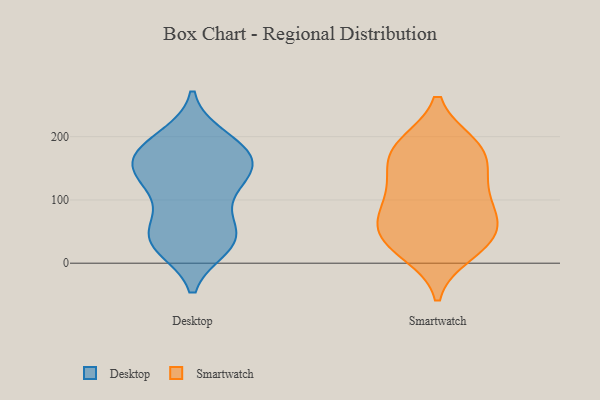
{"axis": {"x": "Inventory Turnover", "y": "Value"}, "legend": ["Desktop", "Smartwatch"], "data": [{"x": "", "y": 46, "type": "Desktop"}, {"x": "", "y": 172, "type": "Desktop"}, {"x": "", "y": 27, "type": "Desktop"}, {"x": "", "y": 57, "type": "Desktop"}, {"x": "", "y": 45, "type": "Desktop"}, {"x": "", "y": 126, "type": "Desktop"}, {"x": "", "y": 194, "type": "Desktop"}, {"x": "", "y": 151, "type": "Desktop"}, {"x": "", "y": 140, "type": "Desktop"}, {"x": "", "y": 187, "type": "Desktop"}, {"x": "", "y": 27, "type": "Desktop"}, {"x": "", "y": 45, "type": "Desktop"}, {"x": "", "y": 26, "type": "Desktop"}, {"x": "", "y": 113, "type": "Desktop"}, {"x": "", "y": 169, "type": "Desktop"}, {"x": "", "y": 165, "type": "Desktop"}, {"x": "", "y": 199, "type": "Desktop"}, {"x": "", "y": 146, "type": "Desktop"}, {"x": "", "y": 154, "type": "Desktop"}, {"x": "", "y": 98, "type": "Desktop"}, {"x": "", "y": 188, "type": "Smartwatch"}, {"x": "", "y": 48, "type": "Smartwatch"}, {"x": "", "y": 46, "type": "Smartwatch"}, {"x": "", "y": 22, "type": "Smartwatch"}, {"x": "", "y": 185, "type": "Smartwatch"}, {"x": "", "y": 70, "type": "Smartwatch"}, {"x": "", "y": 136, "type": "Smartwatch"}, {"x": "", "y": 167, "type": "Smartwatch"}, {"x": "", "y": 36, "type": "Smartwatch"}, {"x": "", "y": 156, "type": "Smartwatch"}, {"x": "", "y": 115, "type": "Smartwatch"}, {"x": "", "y": 109, "type": "Smartwatch"}, {"x": "", "y": 75, "type": "Smartwatch"}, {"x": "", "y": 16, "type": "Smartwatch"}, {"x": "", "y": 188, "type": "Smartwatch"}, {"x": "", "y": 78, "type": "Smartwatch"}]}